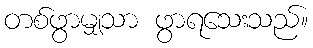
တစ်ဖွာမျှသာ ဖွာရသေးသည်။